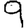
Digit: 9